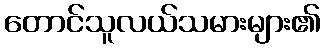
တောင်သူလယ်သမားများ၏